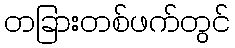
တခြားတစ်ဖက်တွင်